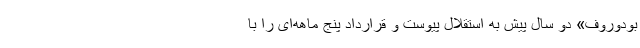
بودوروف» دو سال پیش به استقلال پیوست و قرارداد پنج ماهه‌ای را با